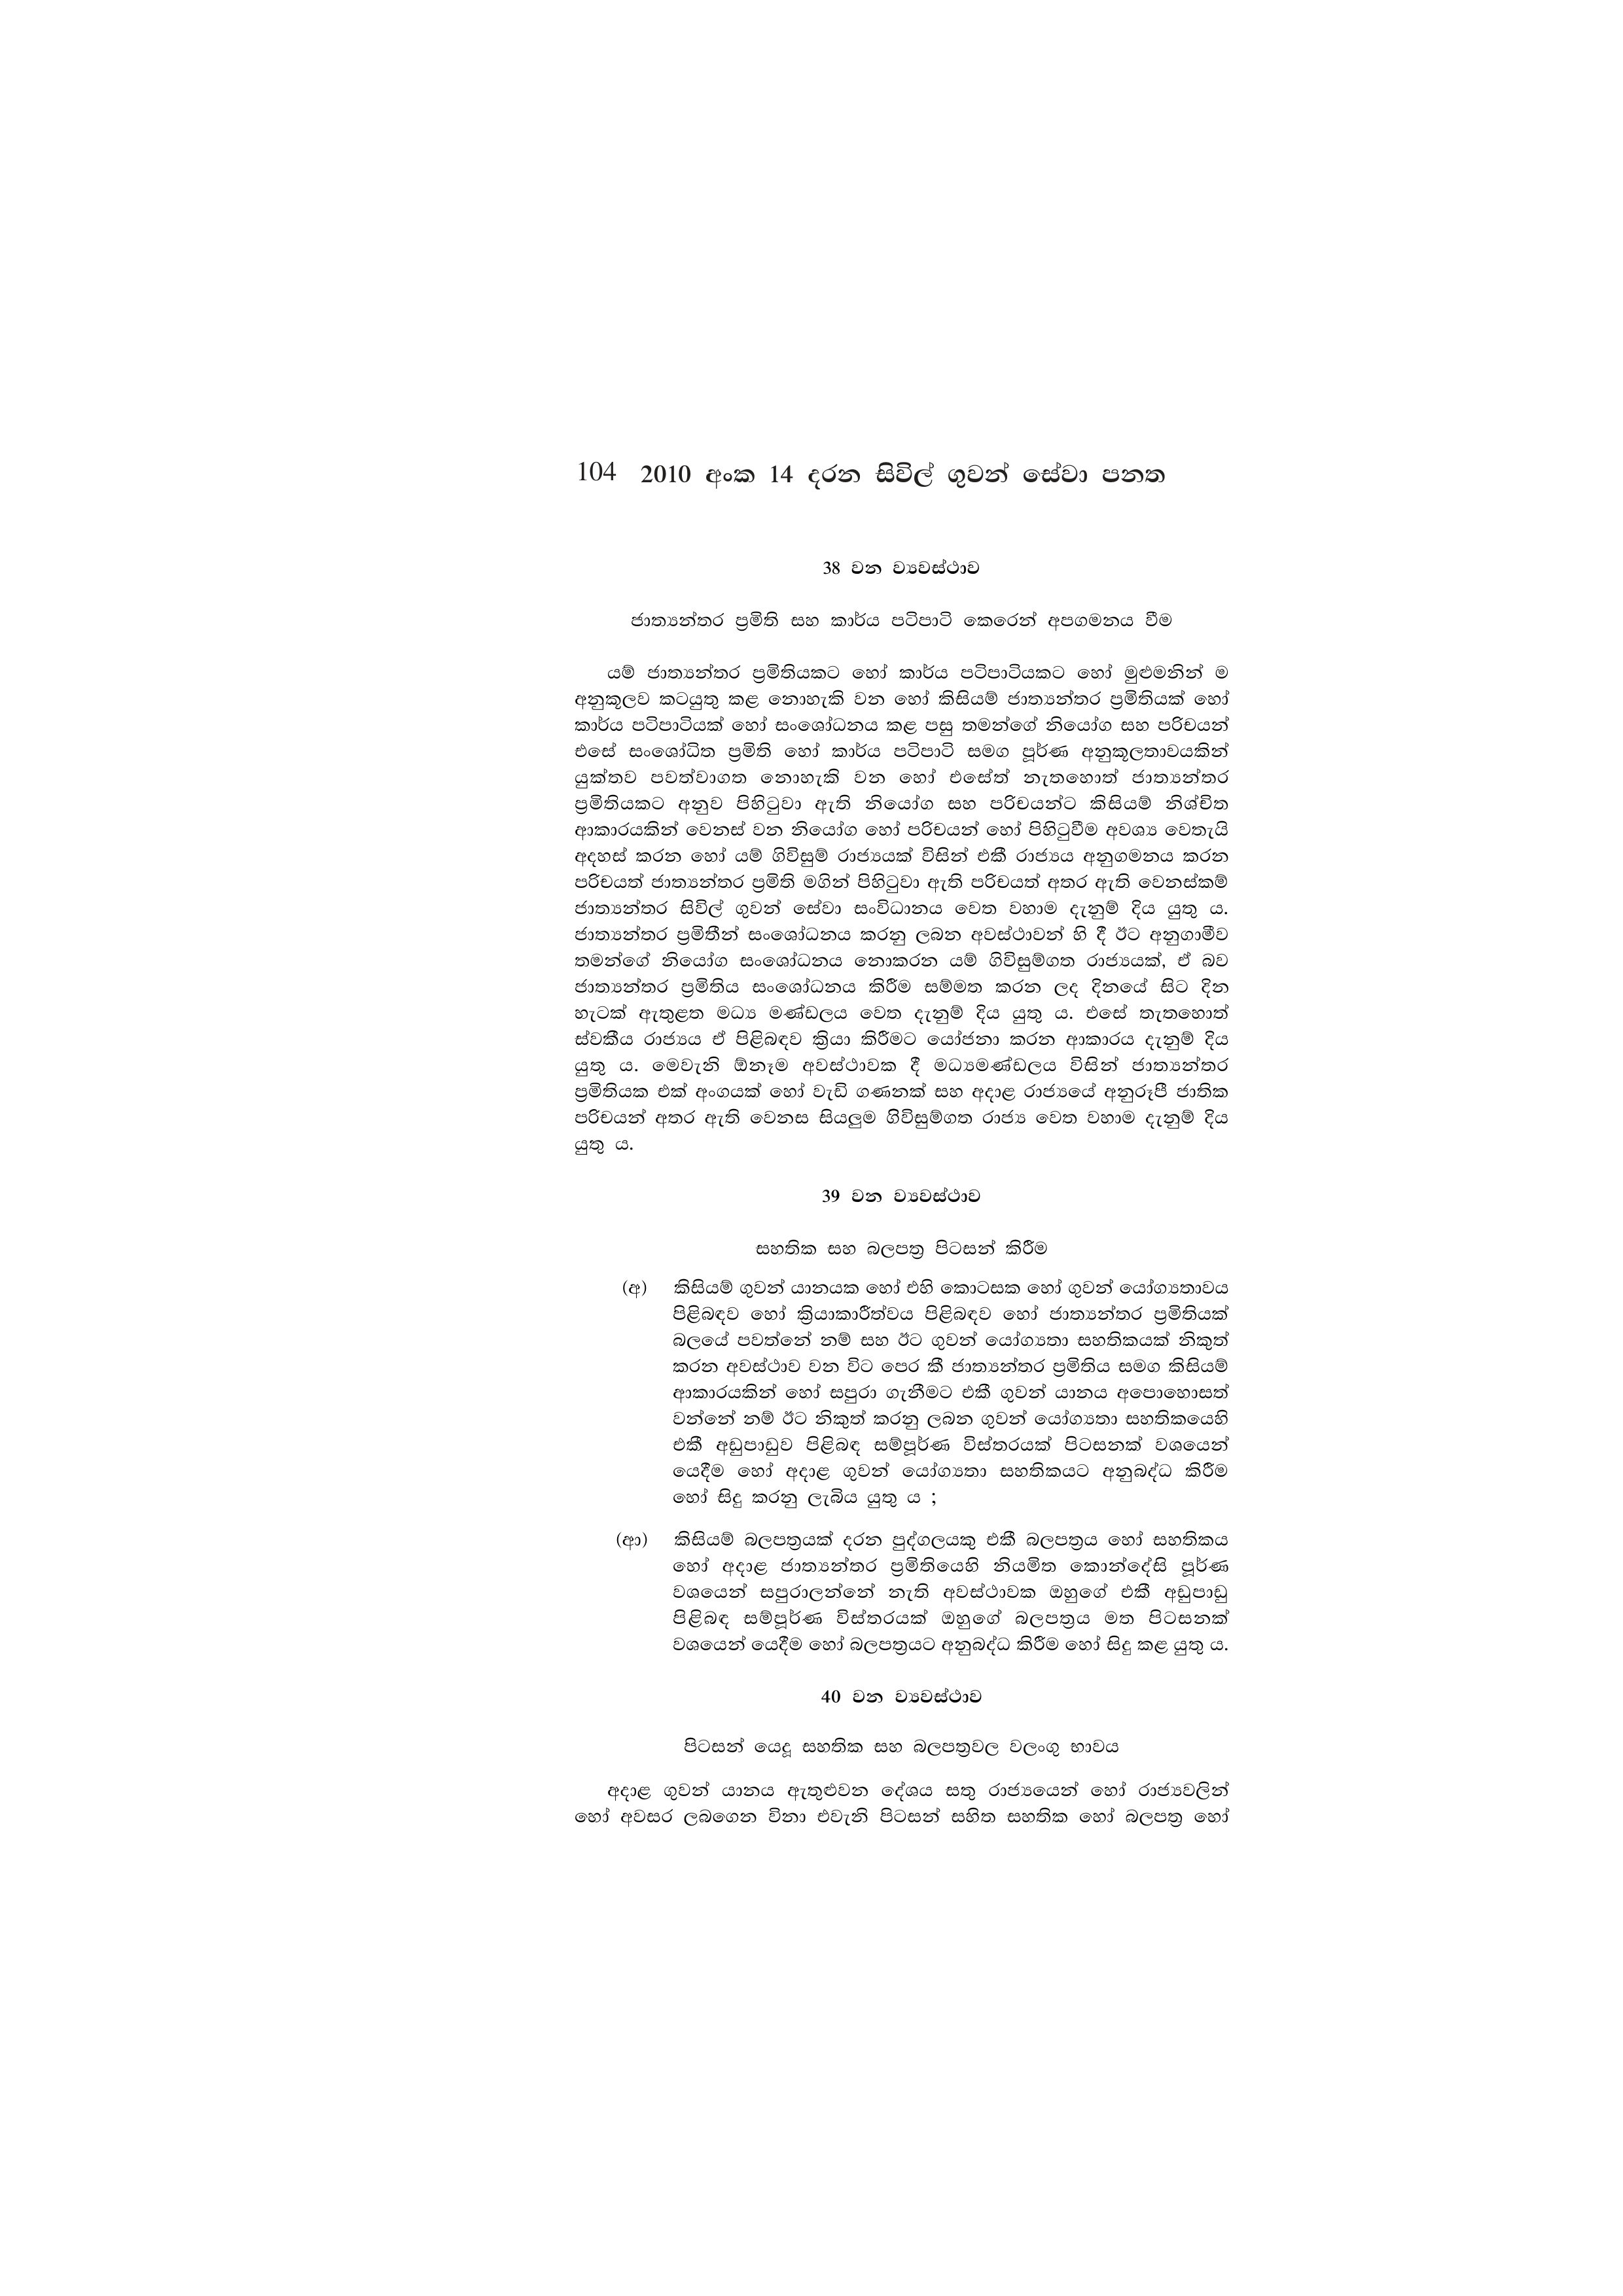
104 2010 අංක 14 දරන සිවිල් ගුවන් සේවා පනත

38 වන ව්‍යවස්ථාව

ජාත්‍යන්තර ප්‍රමිති සහ කාර්ය පටිපාටි කෙරෙන් අපගමනය වීම

යම් ජාත්‍යන්තර ප්‍රමිතියකට හෝ කාර්ය පටිපාටියකට හෝ මුළුමනින් ම
අනුකූලව කටයුතු කළ නොහැකි වන හෝ කිසියම් ජාත්‍යන්තර ප්‍රමිතියක් හෝ
කාර්ය පටිපාටියක් හෝ සංශෝධනය කළ පසු තමන්ගේ නියෝග සහ පරිචයන්
එසේ සංශෝධිත ප්‍රමිති හෝ කාර්ය පටිපාටි සමග පූර්ණ අනුකූලතාවයකින්
යුක්තව පවත්වාගත නොහැකි වන හෝ එසේත් නැතහොත් ජාත්‍යන්තර
ප්‍රමිතියකට අනුව පිහිටුවා ඇති නියෝග සහ පරිචයන්ට කිසියම් නිශ්චිත
ආකාරයකින් වෙනස් වන නියෝග හෝ පරිචයන් හෝ පිහිටුවීම අවශ්‍ය වෙතැයි
අදහස් කරන හෝ යම් ගිවිසුම් රාජ්‍යයක් විසින් එකී රාජ්‍යය අනුගමනය කරන
පරිචයත් ජාත්‍යන්තර ප්‍රමිති මගින් පිහිටුවා ඇති පරිචයත් අතර ඇති වෙනස්කම්
ජාත්‍යන්තර සිවිල් ගුවන් සේවා සංවිධානය වෙත වහාම දැනුම් දිය යුතු ය.
ජාත්‍යන්තර ප්‍රමිතීන් සංශෝධනය කරනු ලබන අවස්ථාවන් හි දී ඊට අනුගාමීව
තමන්ගේ නියෝග සංශෝධනය නොකරන යම් ගිවිසුම්ගත රාජ්‍යයක්, ඒ බව
ජාත්‍යන්තර ප්‍රමිතිය සංශෝධනය කිරීම සම්මත කරන ලද දිනයේ සිට දින
හැටක් ඇතුළත මධ්‍ය මණ්ඩලය වෙත දැනුම් දිය යුතු ය. එසේ තැතහොත්
ස්වකීය රාජ්‍යය ඒ පිළිබඳව ක්‍රියා කිරීමට යෝජනා කරන ආකාරය දැනුම් දිය
යුතු ය. මෙවැනි ඕනෑම අවස්ථාවක දී මධ්‍යමණ්ඩලය විසින් ජාත්‍යන්තර
ප්‍රමිතියක එක් අංගයක් හෝ වැඩි ගණනක් සහ අදාළ රාජ්‍යයේ අනුරූපී ජාතික
පරිචයන් අතර ඇති වෙනස සියලුම ගිවිසුම්ගත රාජ්‍ය වෙත වහාම දැනුම් දිය
යුතු ය.

39 වන ව්‍යවස්ථාව

සහතික සහ බලපත්‍ර පිටසන් කිරීම

(අ) කිසියම් ගුවන් යානයක හෝ එහි කොටසක හෝ ගුවන් යෝග්‍යතාවය
පිළිබඳව හෝ ක්‍රියාකාරීත්වය පිළිබඳව හෝ ජාත්‍යන්තර ප්‍රමිතියක්
බලයේ පවන්නේ නම් සහ ඊට ගුවන් යෝග්‍යතා සහතිකයක් නිකුත්
කරන අවස්ථාව වන විට පෙර කී ජාත්‍යන්තර ප්‍රමිතිය සමග කිසියම්
ආකාරයකින් හෝ සපුරා ගැනීමට එකී ගුවන් යානය අපොහොසත්
වන්නේ නම් ඊට නිකුත් කරනු ලබන ගුවන් යෝග්‍යතා සහතිකයෙහි
එකී අඩුපාඩුව පිළිබඳ සම්පූර්ණ විස්තරයක් පිටසනක් වශයෙන්
යෙදීම හෝ අදාළ ගුවන් යෝග්‍යතා සහතිකයට අනුබද්ධ කිරීම
හෝ සිදු කරනු ලැබිය යුතු ය ;

(ආ) කිසියම් බලපත්‍රයක් දරන පුද්ගලයකු එකී බලපත්‍රය හෝ සහතිකය
හෝ අදාළ ජාත්‍යන්තර ප්‍රමිතියෙහි නියමිත කොන්දේසි පූර්ණ
වශයෙන් සපුරාලන්නේ නැති අවස්ථාවක ඔහුගේ එකී අඩුපාඩු
පිළිබඳ සම්පූර්ණ විස්තරයක් ඔහුගේ බලපත්‍රය මත පිටසනක්
වශයෙන් යෙදීම හෝ බලපත්‍රයට අනුබද්ධ කිරීම හෝ සිදු කළ යුතු ය.

40 වන ව්‍යවස්ථාව

පිටසන් යෙදූ සහතික සහ බලපත්‍රවල වලංගු භාවය

අදාළ ගුවන් යානය ඇතුළුවන දේශය සතු රාජ්‍යයෙන් හෝ රාජ්‍යවලින්
හෝ අවසර ලබගෙන විනා එවැනි පිටසන් සහිත සහතික හෝ බලපත්‍ර හෝ